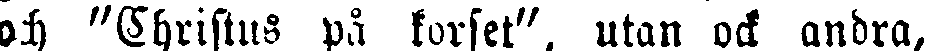
och "Christus på kurset", utan ock andra,